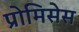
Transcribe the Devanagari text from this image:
प्रोमिसेस